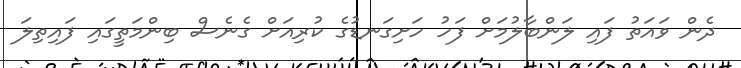
ދެން ވައަތު ފައި ލަންބާލުމަށް ފަހު ހަށިގަނޑުގެ ކުރިއަށް ގެނެސް ބިންމަތީގައި ފައިތިލަ